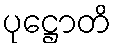
ပုဋ္ဌောတိ